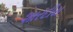
શારદીય